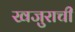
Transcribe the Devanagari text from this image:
खजुराची